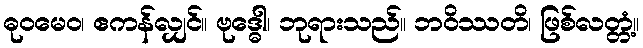
ဓုဝမေဝ၊ ဧကန်လျှင်။ ဗုဒ္ဓေါ၊ ဘုရားသည်။ ဘဝိဿတိ၊ ဖြစ်လတ္တံ့။